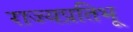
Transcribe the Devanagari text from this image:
राज्यप्रतिभू